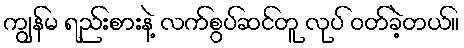
ကျွန်မ ရည်းစားနဲ့ လက်စွပ်ဆင်တူ လုပ် ဝတ်ခဲ့တယ်။